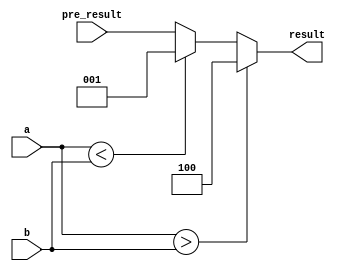
`timescale 1ns / 1ps

module compare_4bits(a,b,pre_result,result);
    input [3:0] a;
    input [3:0] b;
    input [2:0] pre_result;
    output [2:0] result;
    
    reg [2:0]result_reg;
    assign result=result_reg;
    
    always @ (a or b or pre_result) begin
        if(a>b) result_reg=3'b100;
        else if(a<b) result_reg=3'b001;
        else result_reg=pre_result;
    end
    
endmodule